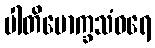
ပါတိမောက္ခသံဝရေ